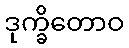
ဒုက္ခိတောဝ